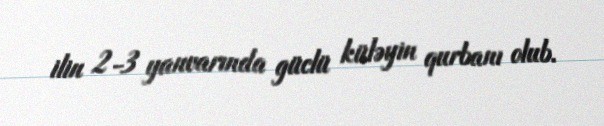
ilin 2-3 yanvarında güclü küləyin qurbanı olub.